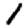
Digit: 1